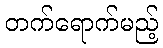
တက်ရောက်မည့်